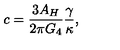
c = \frac { 3 A _ { H } } { 2 \pi G _ { 4 } } \frac { \gamma } { \kappa } ,